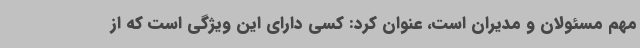
مهم مسئولان و مدیران است، عنوان کرد: کسی دارای این ویژگی است که از